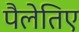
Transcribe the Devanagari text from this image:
पैलेतिए